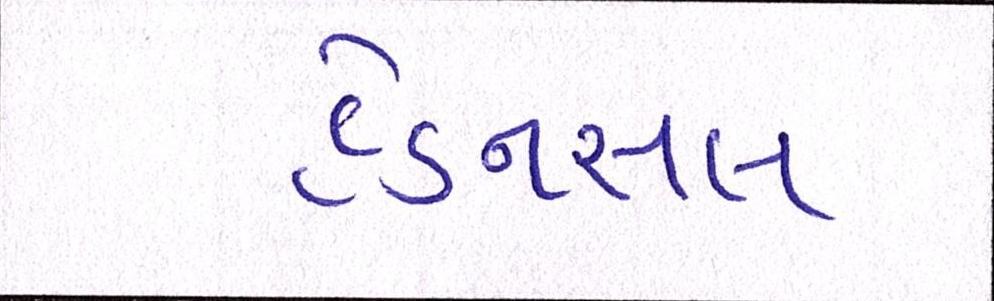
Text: હેડનસલ